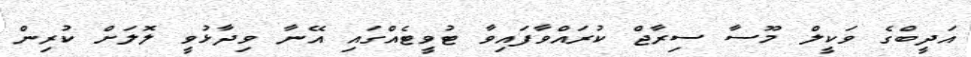
އަދީބްގެ ވަކީލް މޫސާ ސިރާޖް ކުރައްވާފައިވާ ޓުވީޓެއްގައި އޭނާ ވިދާޅުވީ ލޮލަށް ކުރިން